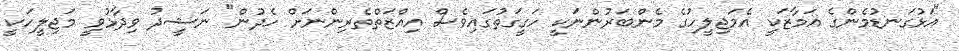
"އަޅުގަނޑުމެންގެ އަމާޒަކީ އެމަޖިލީހުގެ މެންބަރުންނަކީ ހަގީގަތުގައިވެސް އިއްޒަތްތެރިންނަށް ހެދުން" ނަޝީދު ވިދާޅުވީ މަޖިލީހަކީ